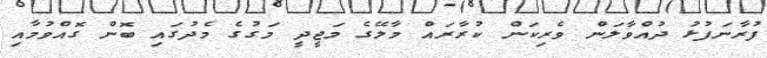
ފުރާނަފުޅު ދުއްވާލަން ވެރިކަން ކުރާރައް މާލޭގެ މަޖީދީ މަގުގެ މެދުގައި ބޮން ގޮއްވުމާއި